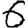
Digit: 6